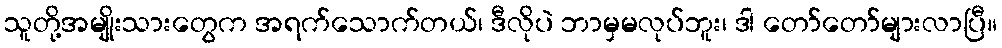
သူတို့အမျိုးသားတွေက အရက်သောက်တယ်၊ ဒီလိုပဲ ဘာမှမလုပ်ဘူး၊ ဒါ တော်တော်များလာပြီ။